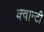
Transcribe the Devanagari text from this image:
क्वान्टी